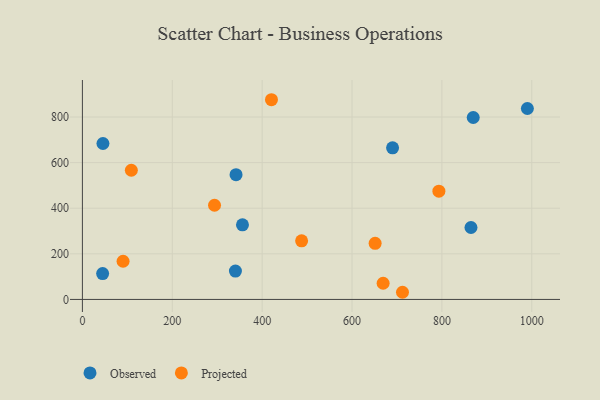
{"axis": {"x": "Distance", "y": "Rating"}, "legend": ["Observed", "Projected"], "data": [{"x": "341.9", "y": 547.3, "type": "Observed"}, {"x": "356.2", "y": 327.4, "type": "Observed"}, {"x": "990.2", "y": 837.5, "type": "Observed"}, {"x": "690.2", "y": 665.1, "type": "Observed"}, {"x": "869.7", "y": 797.9, "type": "Observed"}, {"x": "45.0", "y": 113.2, "type": "Observed"}, {"x": "864.7", "y": 315.4, "type": "Observed"}, {"x": "45.7", "y": 684.0, "type": "Observed"}, {"x": "340.5", "y": 124.2, "type": "Observed"}, {"x": "651.4", "y": 246.0, "type": "Projected"}, {"x": "712.3", "y": 31.4, "type": "Projected"}, {"x": "487.8", "y": 256.9, "type": "Projected"}, {"x": "420.7", "y": 875.9, "type": "Projected"}, {"x": "669.2", "y": 70.9, "type": "Projected"}, {"x": "108.9", "y": 566.5, "type": "Projected"}, {"x": "793.3", "y": 474.7, "type": "Projected"}, {"x": "90.5", "y": 167.4, "type": "Projected"}, {"x": "294.0", "y": 413.1, "type": "Projected"}]}